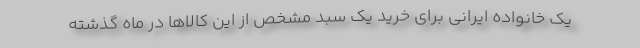
يك خانواده ايراني براي خريد يك سبد مشخص از اين كالاها در ماه گذشته